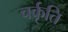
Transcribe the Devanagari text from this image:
चर्कृति